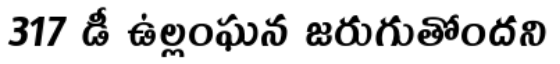
317 డీ ఉల్లంఘన జరుగుతోందని